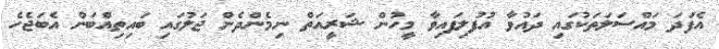
އެފަދަ މައްސަލަތަކުގައި ދައުވާ އުފުލިފައިވާ މީހުން ޝަރީއަތް ނިމެންދެން ޖަލުގައި ބައިތިއްބަން އެބަޖެހެ